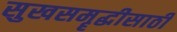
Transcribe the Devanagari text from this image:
सुखसमॄद्धीसाठी